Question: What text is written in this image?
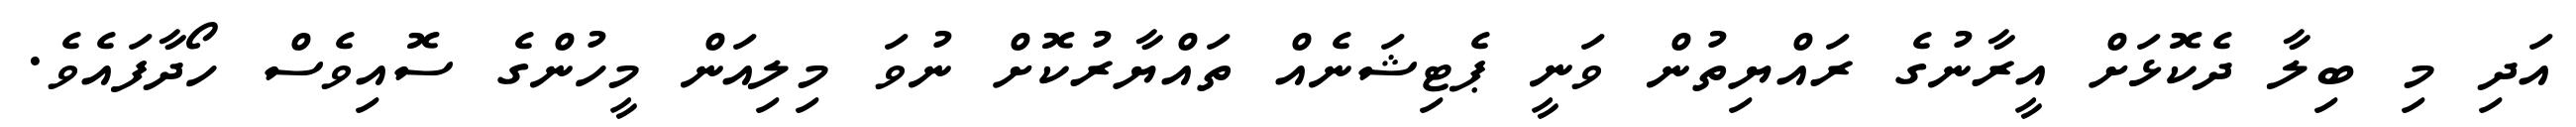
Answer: އަދި މި ބިލާ ދެކޮޅަށް އީރާނުގެ ރައްޔިތުން ވަނީ ޕެޓިޝަނެއް ތައްޔާރުކޮށް ނުވަ މިލިއަން މީހުންގެ ސޮއިވެސް ހޯދާފައެވެ.